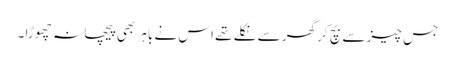
جس چیز سے بچ کر گھر سے نکلے تھے اس نے باہر بھی پیچھا نہ چھوڑا ۔